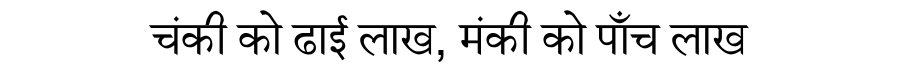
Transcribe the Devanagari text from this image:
चंकी को ढाई लाख, मंकी को पाँच लाख